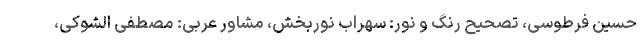
حسین فرطوسی، تصحیح رنگ و نور: سهراب نوربخش، مشاور عربی: مصطفى الشوکی،